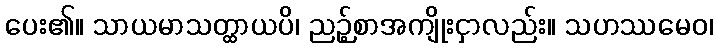
ပေး၏။ သာယမာသတ္ထာယပိ၊ ညဉ့်စာအကျိုးငှာလည်း။ သဟဿမေဝ၊